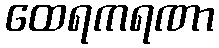
ထေရကရဏာ